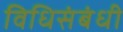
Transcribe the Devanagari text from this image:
विधिसंबंधी